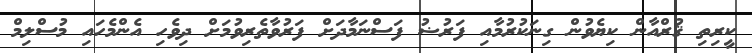
ކީރިތި ޤުރްއާން ކިޔެވުން ގިނަކުރުމާއި ފަރުޟު ފަސްނަމާދަށް ފަރުވާތެރިވުމަށް ދިވެހި އެންމެހައި މުސްލިމް